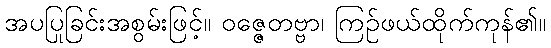
အပပြုခြင်းအစွမ်းဖြင့်။ ဝဇ္ဇေတဗ္ဗာ၊ ကြဉ်ဖယ်ထိုက်ကုန်၏။